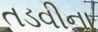
તડવીના